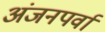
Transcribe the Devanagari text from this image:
अंजनपर्वा